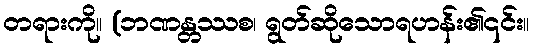
တရားကို။ (ဘဏန္တဿစ၊ ရွတ်ဆိုသောရဟန်း၏၎င်း။